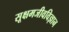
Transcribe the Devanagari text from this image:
सूक्षमजीवविज्ञान